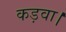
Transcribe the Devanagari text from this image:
कड़वा।